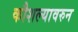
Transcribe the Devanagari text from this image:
कौशल्यावरुन